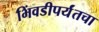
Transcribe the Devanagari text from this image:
भिंवडीपर्यंतचा